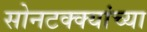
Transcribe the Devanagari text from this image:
सोनटक्क्यांच्या